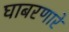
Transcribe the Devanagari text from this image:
घाबरणारे